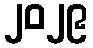
၂၀၂၉